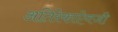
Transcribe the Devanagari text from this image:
अतिरेकाऐवजी